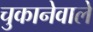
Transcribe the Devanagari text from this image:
चुकानेवाले